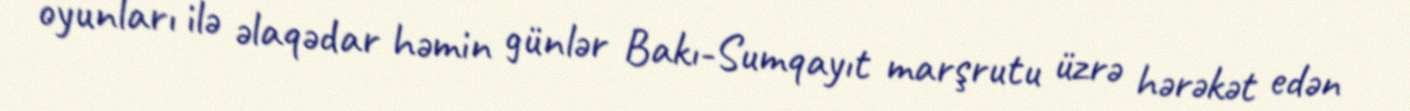
oyunları ilə əlaqədar həmin günlər Bakı-Sumqayıt marşrutu üzrə hərəkət edən